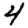
Digit: 4